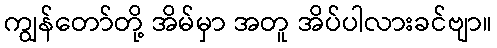
ကျွန်တော်တို့ အိမ်မှာ အတူ အိပ်ပါလားခင်ဗျာ။